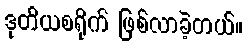
ဒုတိယစရိုက် ဖြစ်လာခဲ့တယ်။